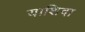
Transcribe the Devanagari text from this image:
याशिदा